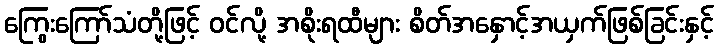
ကြွေးကြော်သံတို့ဖြင့် ဝင်လို့ အစိုးရထီများ စိတ်အနှောင့်အယှက်ဖြစ်ခြင်းနှင့်